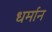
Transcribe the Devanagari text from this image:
धर्मान